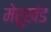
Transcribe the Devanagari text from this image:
मेरूखंड